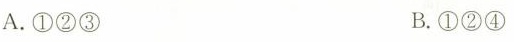
A.①②③ B.①②④